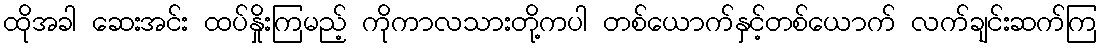
ထိုအခါ ဆေးအင်း ထပ်နှိုးကြမည့် ကိုကာလသားတို့ကပါ တစ်ယောက်နှင့်တစ်ယောက် လက်ချင်းဆက်ကြ